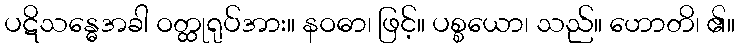
ပဋိသန္ဓေအခါ ဝတ္ထုရုပ်အား။ နဝဓာ၊ ဖြင့်။ ပစ္စယော၊ သည်။ ဟောတိ၊ ၏။